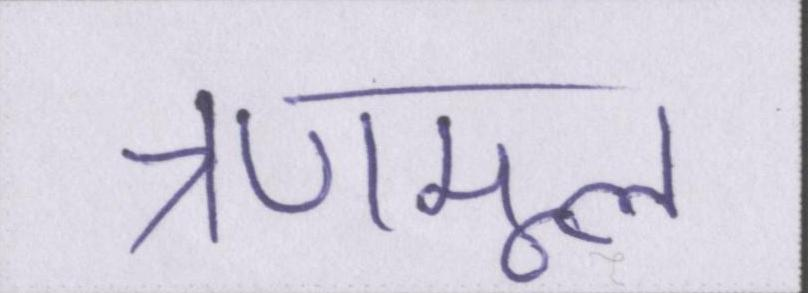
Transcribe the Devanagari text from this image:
त्रणमूल